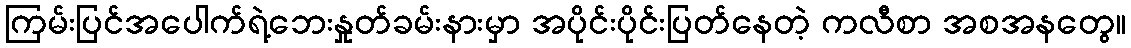
ကြမ်းပြင်အပေါက်ရဲ့ဘေးနှုတ်ခမ်းနားမှာ အပိုင်းပိုင်းပြတ်နေတဲ့ ကလီစာ အစအနတွေ။